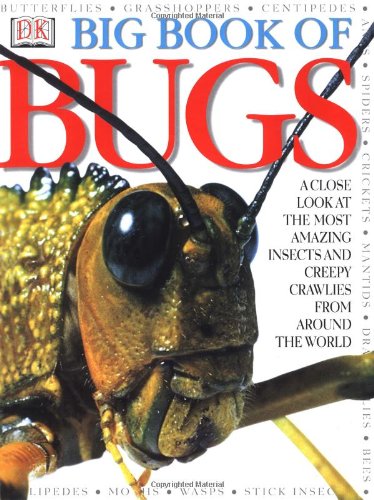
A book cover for Big Book of Bugs; DK Publishing; Children's Books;